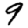
Digit: 9